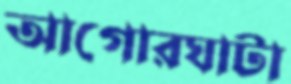
আগোরঘাটা